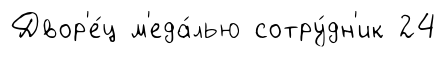
Двор'е́ц м'еда́лью сотру́дн'ик 24